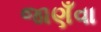
જાણઁવા